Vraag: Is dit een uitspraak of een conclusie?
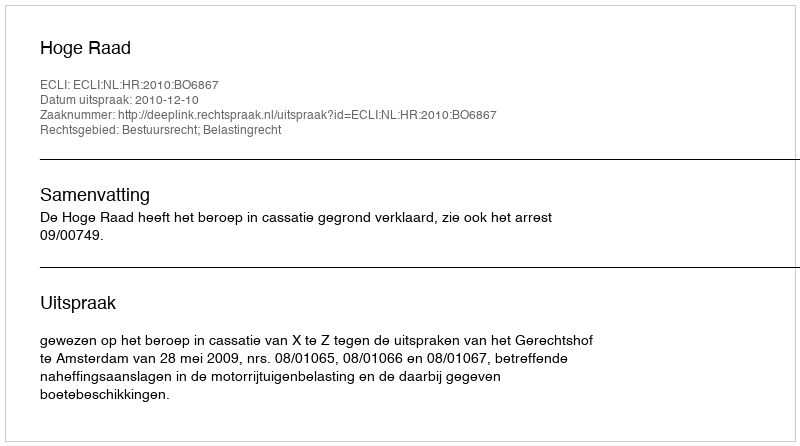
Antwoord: Uitspraak